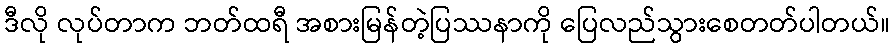
ဒီလို လုပ်တာက ဘတ်ထရီ အစားမြန်တဲ့ပြဿနာကို ပြေလည်သွားစေတတ်ပါတယ်။